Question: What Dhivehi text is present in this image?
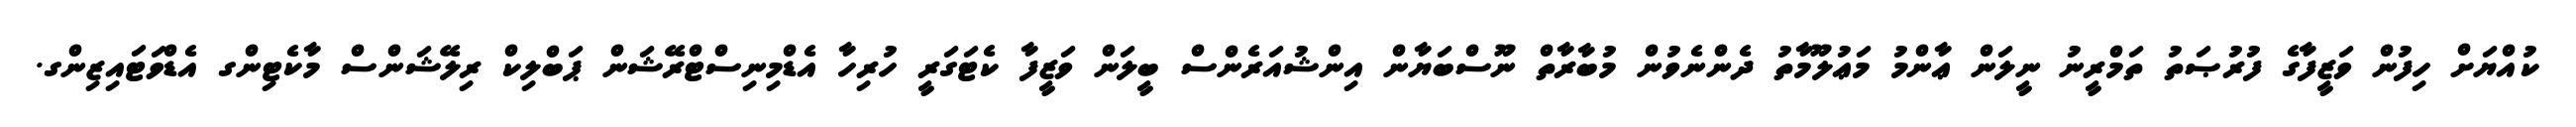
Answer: ކުއްޔަށް ހިފުން ވަޒީފާގެ ފުރުޞަތު ތަމްރީނު ނީލަން ޢާންމު މަޢުލޫމާތު ދެންނެވުން މުބާރާތް ނޫސްބަޔާން އިންޝުއަރެންސް ބީލަން ވަޒީފާ ކެޓަގަރީ ހުރިހާ އެޑްމިނިސްޓްރޭޝަން ޕަބްލިކް ރިލޭޝަންސް މާކެޓިންގ އެޑްވަޓައިޒިންގ.